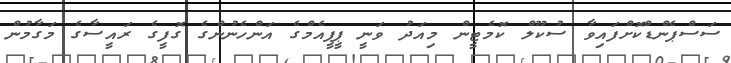
ސަސްޕެންޑްކޮށްފައިވާ ސުކޫލް ކޮމެޓީން މިއަދު ވަނީ ޕީޕީއެމްގެ އަންހެނުންގެ ގޮފީގެ ރައީސާގެ މަގާމުން